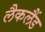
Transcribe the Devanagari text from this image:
लैकलैंड